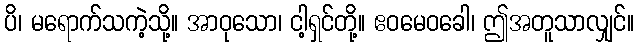
ပိ၊ မရောက်သကဲ့သို့။ အာဝုသော၊ ငါ့ရှင်တို့။ ဧဝမေဝခေါ၊ ဤအတူသာလျှင်။